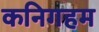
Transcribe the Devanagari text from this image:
कनिगहम